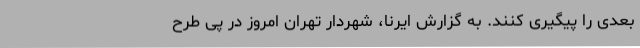
بعدی را پیگیری کنند. به گزارش ایرنا، شهردار تهران امروز در پی طرح